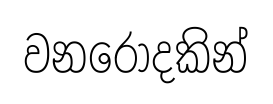
වනරොදකින්